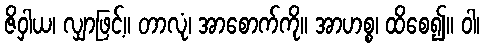
ဇိဝှါယ၊ လျှာဖြင့်။ တာလုံ၊ အာစောက်ကို။ အာဟစ္စ၊ ထိစေ၍။ ဝါ၊